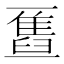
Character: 𫡹